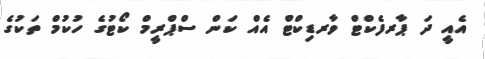
އެއީ ދަ ޕާރފެކްޓް ވާރޑިކްޓް އެއް ކަން ސްޕްރީމް ކޯޓުގެ ހުކުމް ތަކުގެ